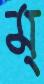
ম্